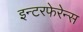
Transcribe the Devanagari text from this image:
इन्टरफेरेन्स